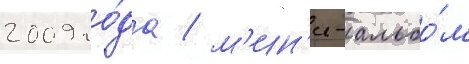
2009 го́да / м'ин'и-альбо́м